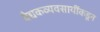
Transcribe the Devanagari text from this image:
वैद्यकव्यवसायींकडून